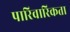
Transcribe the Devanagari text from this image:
पारिवारिकता